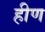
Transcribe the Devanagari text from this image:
हीण